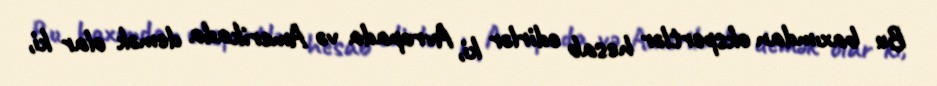
Bu baxımdan ekspertlər hesab edirlər ki, Avropada və Amerikada demək olar ki,